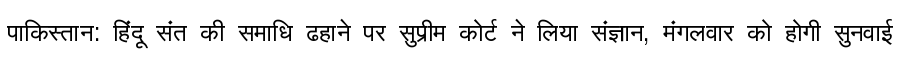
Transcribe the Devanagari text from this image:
पाकिस्तान: हिंदू संत की समाधि ढहाने पर सुप्रीम कोर्ट ने लिया संज्ञान, मंगलवार को होगी सुनवाई